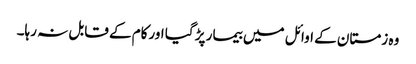
وہ زمستان کے اوائل میں بیمار پڑ گیا اورکام کے قابل نہ رہا۔